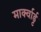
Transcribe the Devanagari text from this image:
मार्क्वार्ड्ट